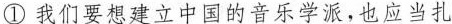
①我们要想建立中国的音乐学派，也应当扎